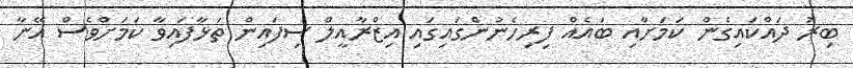
ބިރު ދައްކައިގެން ކަމަށާއި ބައެއް ފިރިހެނުންގައިގައި އިޒްރާއީލް ސިފައިން ތަޅާފައިވާ ކަމަށްވެސް އޭނާ